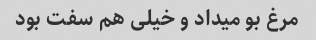
مرغ بو میداد و خیلی هم سفت بود